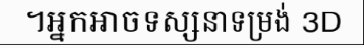
។អ្នកអាចទស្សនាទម្រង់ 3D